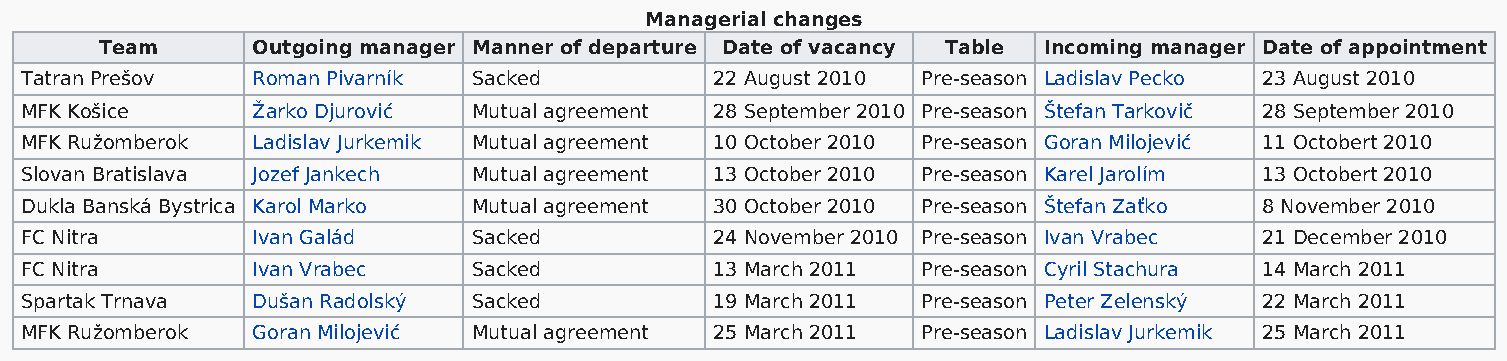
Managerial changes
 Team      Outgoing manager Manner of departure Date of vacancy Table Incoming manager Date of appointment
 Tatran Prešov   Roman Pivarník Sacked         22 August 2010 Pre-season Ladislav Pecko 23 August 2010
 MFK Košice      Žarko Djurović Mutual agreement 28 September 2010 Pre-season Štefan Tarkovič 28 September 2010
 MFK Ružomberok  Ladislav Jurkemik Mutual agreement 10 October 2010 Pre-season Goran Milojević 11 Octobert 2010
 Slovan Bratislava Jozef Jankech Mutual agreement 13 October 2010 Pre-season Karel Jarolím 13 Octobert 2010
 Dukla Banská Bystrica Karol Marko Mutual agreement 30 October 2010 Pre-season Štefan Zaťko 8 November 2010
 FC Nitra        Ivan Galád    Sacked          24 November 2010 Pre-season Ivan Vrabec 21 December 2010
 FC Nitra        Ivan Vrabec   Sacked          13 March 2011 Pre-season Cyril Stachura 14 March 2011
 Spartak Trnava  Dušan Radolský Sacked         19 March 2011 Pre-season Peter Zelenský 22 March 2011
 MFK Ružomberok  Goran Milojević Mutual agreement 25 March 2011 Pre-season Ladislav Jurkemik 25 March 2011